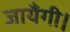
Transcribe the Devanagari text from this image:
जायँगी।